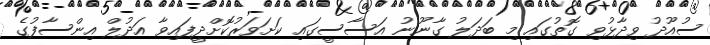
ސުއޫދު ވިދާޅުވި ގޮތުގައި މި ބަދަލު ގާނޫނު އަސާސީގައި ކަށަވަރުކޮށްދީފައިވާ އަދުލް އިންސާފުގެ